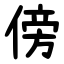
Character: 傍